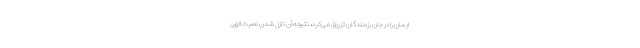
ایمان را در جان رزمندگان تزریق می‌کرد، نتیجه آن نازل شدن نصرت الهی